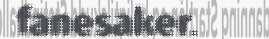
fanesaker.